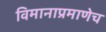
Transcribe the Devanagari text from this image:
विमानाप्रमाणेच